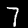
Label: 7